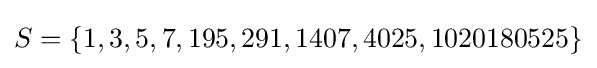
S=\{1,3,5,7,195,291,1407,4025,1020180525\}